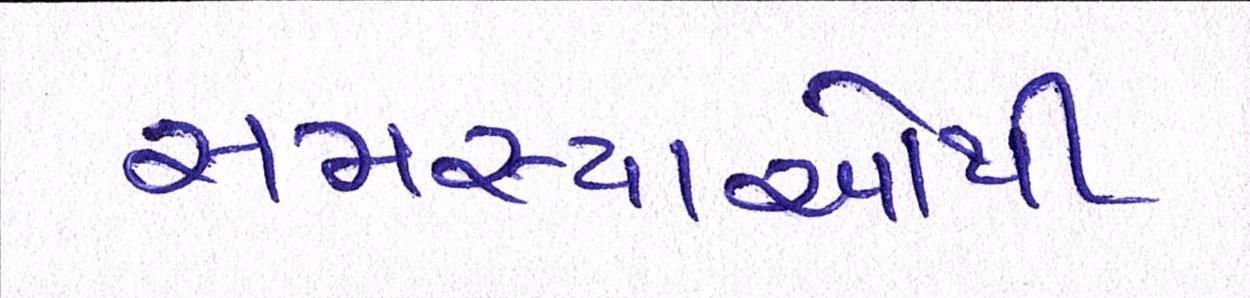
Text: સમસ્યાઓથી